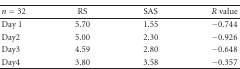
<table><thead><tr><td><b><i>n</i> = 32</b></td><td><b>RS</b></td><td><b>SAS</b></td><td><b><i>R</i> value</b></td></tr></thead><tbody><tr><td>Day 1</td><td>5.70</td><td>1.55</td><td>−0.744</td></tr><tr><td>Day2</td><td>5.00</td><td>2.30</td><td>−0.926</td></tr><tr><td>Day3</td><td>4.59</td><td>2.80</td><td>−0.648</td></tr><tr><td>Day4</td><td>3.80</td><td>3.58</td><td>−0.357</td></tr></tbody></table>